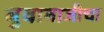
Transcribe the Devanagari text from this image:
बुवाबाजीचा